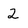
Character: 2